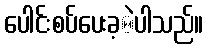
ပေါင်းစပ်ပေးခ့ဲပါသည်။